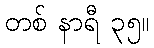
တစ် နာရီ ၃၅။